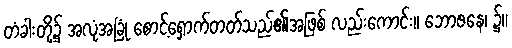
တံခါးတို့၌ အလုံအခြုံ စောင့်ရှောက်တတ်သည်၏အဖြစ် လည်းကောင်း။ ဘောဇနေ၊ ၌။